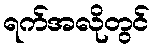
ရက်အလိုတွင်